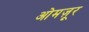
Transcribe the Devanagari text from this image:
ओमज़ूर